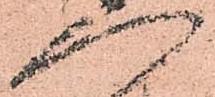
へ